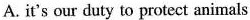
A.it's our duty to protect animals